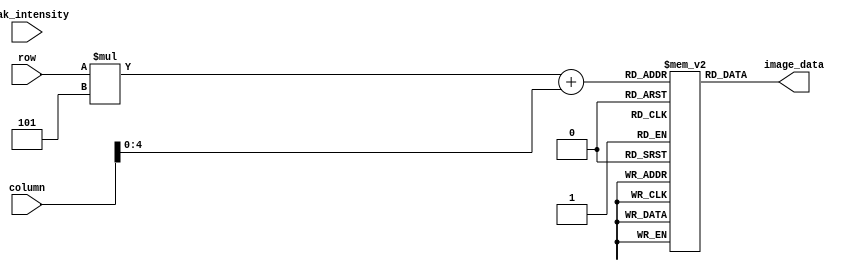
module volume_bars(
    input [7:0] row,
    input [7:0] column,
    input [11:0] peak_intensity,
    output [15:0] image_data
    );
    
    reg [15:0] bars [5:0][4:0]; // 63x32 pixels total, each bar is 5p tall with 2p buffer
    
    reg [23:0] black = 6'h000000;
    reg [23:0] red = 6'hFF0000;
    reg [23:0] orange = 6'hFFBF00;
    reg [23:0] green = 6'h00FF00;
    
    initial begin
        
//        bars[0][0] = black; bars[0][1] = black; bars[0][2] = black; bars[0][3] = black; bars[0][4] = black; bars[0][5] = black; bars[0][6] = black; bars[0][7] = black; bars[0][8] = black; bars[0][9] = black; bars[0][10] = black; bars[0][11] = black; bars[0][12] = black; bars[0][13] = black; bars[0][14] = black; bars[0][15] = black; bars[0][16] = black; bars[0][17] = black; bars[0][18] = black; bars[0][19] = black; bars[0][20] = black; bars[0][21] = black; bars[0][22] = black; bars[0][23] = black; bars[0][24] = black; bars[0][25] = black; bars[0][26] = black; bars[0][27] = black; bars[0][28] = black; bars[0][29] = black; bars[0][30] = black; bars[0][31] = black; 

        bars[0][0] = green; bars[0][1] = green; bars[0][2] = green; bars[0][3] = green; bars[0][4] = green; bars[0][5] = green; bars[0][6] = green; bars[0][7] = green; bars[0][8] = green; bars[0][9] = green; bars[0][10] = green; bars[0][11] = green; bars[0][12] = green; bars[0][13] = green; bars[0][14] = green; bars[0][15] = green; bars[0][16] = green; bars[0][17] = green; bars[0][18] = green; bars[0][19] = green; bars[0][20] = green; bars[0][21] = green; bars[0][22] = green; bars[0][23] = green; bars[0][24] = green; bars[0][25] = green; bars[0][26] = green; bars[0][27] = green; bars[0][28] = green; bars[0][29] = green; bars[0][30] = green; bars[0][31] = green;
        bars[1][0] = green; bars[1][1] = green; bars[1][2] = green; bars[1][3] = green; bars[1][4] = green; bars[1][5] = green; bars[1][6] = green; bars[1][7] = green; bars[1][8] = green; bars[1][9] = green; bars[1][10] = green; bars[1][11] = green; bars[1][12] = green; bars[1][13] = green; bars[1][14] = green; bars[1][15] = green; bars[1][16] = green; bars[1][17] = green; bars[1][18] = green; bars[1][19] = green; bars[1][20] = green; bars[1][21] = green; bars[1][22] = green; bars[1][23] = green; bars[1][24] = green; bars[1][25] = green; bars[1][26] = green; bars[1][27] = green; bars[1][28] = green; bars[1][29] = green; bars[1][30] = green; bars[1][31] = green; 
        bars[2][0] = green; bars[2][1] = green; bars[2][2] = green; bars[2][3] = green; bars[2][4] = green; bars[2][5] = green; bars[2][6] = green; bars[2][7] = green; bars[2][8] = green; bars[2][9] = green; bars[2][10] = green; bars[2][11] = green; bars[2][12] = green; bars[2][13] = green; bars[2][14] = green; bars[2][15] = green; bars[2][16] = green; bars[2][17] = green; bars[2][18] = green; bars[2][19] = green; bars[2][20] = green; bars[2][21] = green; bars[2][22] = green; bars[2][23] = green; bars[2][24] = green; bars[2][25] = green; bars[2][26] = green; bars[2][27] = green; bars[2][28] = green; bars[2][29] = green; bars[2][30] = green; bars[2][31] = green;
        bars[3][0] = green; bars[3][1] = green; bars[3][2] = green; bars[3][3] = green; bars[3][4] = green; bars[3][5] = green; bars[3][6] = green; bars[3][7] = green; bars[3][8] = green; bars[3][9] = green; bars[3][10] = green; bars[3][11] = green; bars[3][12] = green; bars[3][13] = green; bars[3][14] = green; bars[3][15] = green; bars[3][16] = green; bars[3][17] = green; bars[3][18] = green; bars[3][19] = green; bars[3][20] = green; bars[3][21] = green; bars[3][22] = green; bars[3][23] = green; bars[3][24] = green; bars[3][25] = green; bars[3][26] = green; bars[3][27] = green; bars[3][28] = green; bars[3][29] = green; bars[3][30] = green; bars[3][31] = green; 
        bars[4][0] = green; bars[4][1] = green; bars[4][2] = green; bars[4][3] = green; bars[4][4] = green; bars[4][5] = green; bars[4][6] = green; bars[4][7] = green; bars[4][8] = green; bars[4][9] = green; bars[4][10] = green; bars[4][11] = green; bars[4][12] = green; bars[4][13] = green; bars[4][14] = green; bars[4][15] = green; bars[4][16] = green; bars[4][17] = green; bars[4][18] = green; bars[4][19] = green; bars[4][20] = green; bars[4][21] = green; bars[4][22] = green; bars[4][23] = green; bars[4][24] = green; bars[4][25] = green; bars[4][26] = green; bars[4][27] = green; bars[4][28] = green; bars[4][29] = green; bars[4][30] = green; bars[4][31] = green;                  
        bars[5][0] = black; bars[5][1] = black; bars[5][2] = black; bars[5][3] = black; bars[5][4] = black; bars[5][5] = black; bars[5][6] = black; bars[5][7] = black; bars[5][8] = black; bars[5][9] = black; bars[5][10] = black; bars[5][11] = black; bars[5][12] = black; bars[5][13] = black; bars[5][14] = black; bars[5][15] = black; bars[5][16] = black; bars[5][17] = black; bars[5][18] = black; bars[5][19] = black; bars[5][20] = black; bars[5][21] = black; bars[5][22] = black; bars[5][23] = black; bars[5][24] = black; bars[5][25] = black; bars[5][26] = black; bars[5][27] = black; bars[5][28] = black; bars[5][29] = black; bars[5][30] = black; bars[5][31] = black; 
        bars[6][0] = black; bars[6][1] = black; bars[6][2] = black; bars[6][3] = black; bars[6][4] = black; bars[6][5] = black; bars[6][6] = black; bars[6][7] = black; bars[6][8] = black; bars[6][9] = black; bars[6][10] = black; bars[6][11] = black; bars[6][12] = black; bars[6][13] = black; bars[6][14] = black; bars[6][15] = black; bars[6][16] = black; bars[6][17] = black; bars[6][18] = black; bars[6][19] = black; bars[6][20] = black; bars[6][21] = black; bars[6][22] = black; bars[6][23] = black; bars[6][24] = black; bars[6][25] = black; bars[6][26] = black; bars[6][27] = black; bars[6][28] = black; bars[6][29] = black; bars[6][30] = black; bars[6][31] = black; 
 
        bars[7][0] = green; bars[7][1] = green; bars[7][2] = green; bars[7][3] = green; bars[7][4] = green; bars[7][5] = green; bars[7][6] = green; bars[7][7] = green; bars[7][8] = green; bars[7][9] = green; bars[7][10] = green; bars[7][11] = green; bars[7][12] = green; bars[7][13] = green; bars[7][14] = green; bars[7][15] = green; bars[7][16] = green; bars[7][17] = green; bars[7][18] = green; bars[7][19] = green; bars[7][20] = green; bars[7][21] = green; bars[7][22] = green; bars[7][23] = green; bars[7][24] = green; bars[7][25] = green; bars[7][26] = green; bars[7][27] = green; bars[7][28] = green; bars[7][29] = green; bars[7][30] = green; bars[7][31] = green;
        bars[8][0] = green; bars[8][1] = green; bars[8][2] = green; bars[8][3] = green; bars[8][4] = green; bars[8][5] = green; bars[8][6] = green; bars[8][7] = green; bars[8][8] = green; bars[8][9] = green; bars[8][10] = green; bars[8][11] = green; bars[8][12] = green; bars[8][13] = green; bars[8][14] = green; bars[8][15] = green; bars[8][16] = green; bars[8][17] = green; bars[8][18] = green; bars[8][19] = green; bars[8][20] = green; bars[8][21] = green; bars[8][22] = green; bars[8][23] = green; bars[8][24] = green; bars[8][25] = green; bars[8][26] = green; bars[8][27] = green; bars[8][28] = green; bars[8][29] = green; bars[8][30] = green; bars[8][31] = green; 
        bars[9][0] = green; bars[9][1] = green; bars[9][2] = green; bars[9][3] = green; bars[9][4] = green; bars[9][5] = green; bars[9][6] = green; bars[9][7] = green; bars[9][8] = green; bars[9][9] = green; bars[9][10] = green; bars[9][11] = green; bars[9][12] = green; bars[9][13] = green; bars[9][14] = green; bars[9][15] = green; bars[9][16] = green; bars[9][17] = green; bars[9][18] = green; bars[9][19] = green; bars[9][20] = green; bars[9][21] = green; bars[9][22] = green; bars[9][23] = green; bars[9][24] = green; bars[9][25] = green; bars[9][26] = green; bars[9][27] = green; bars[9][28] = green; bars[9][29] = green; bars[9][30] = green; bars[9][31] = green;
        bars[10][0] = green; bars[10][1] = green; bars[10][2] = green; bars[10][3] = green; bars[10][4] = green; bars[10][5] = green; bars[10][6] = green; bars[10][7] = green; bars[10][8] = green; bars[10][9] = green; bars[10][10] = green; bars[10][11] = green; bars[10][12] = green; bars[10][13] = green; bars[10][14] = green; bars[10][15] = green; bars[10][16] = green; bars[10][17] = green; bars[10][18] = green; bars[10][19] = green; bars[10][20] = green; bars[10][21] = green; bars[10][22] = green; bars[10][23] = green; bars[10][24] = green; bars[10][25] = green; bars[10][26] = green; bars[10][27] = green; bars[10][28] = green; bars[10][29] = green; bars[10][30] = green; bars[10][31] = green; 
        bars[11][0] = green; bars[11][1] = green; bars[11][2] = green; bars[11][3] = green; bars[11][4] = green; bars[11][5] = green; bars[11][6] = green; bars[11][7] = green; bars[11][8] = green; bars[11][9] = green; bars[11][10] = green; bars[11][11] = green; bars[11][12] = green; bars[11][13] = green; bars[11][14] = green; bars[11][15] = green; bars[11][16] = green; bars[11][17] = green; bars[11][18] = green; bars[11][19] = green; bars[11][20] = green; bars[11][21] = green; bars[11][22] = green; bars[11][23] = green; bars[11][24] = green; bars[11][25] = green; bars[11][26] = green; bars[11][27] = green; bars[11][28] = green; bars[11][29] = green; bars[11][30] = green; bars[11][31] = green;                  
        bars[12][0] = black; bars[12][1] = black; bars[12][2] = black; bars[12][3] = black; bars[12][4] = black; bars[12][5] = black; bars[12][6] = black; bars[12][7] = black; bars[12][8] = black; bars[12][9] = black; bars[12][10] = black; bars[12][11] = black; bars[12][12] = black; bars[12][13] = black; bars[12][14] = black; bars[12][15] = black; bars[12][16] = black; bars[12][17] = black; bars[12][18] = black; bars[12][19] = black; bars[12][20] = black; bars[12][21] = black; bars[12][22] = black; bars[12][23] = black; bars[12][24] = black; bars[12][25] = black; bars[12][26] = black; bars[12][27] = black; bars[12][28] = black; bars[12][29] = black; bars[12][30] = black; bars[12][31] = black; 
        bars[13][0] = black; bars[13][1] = black; bars[13][2] = black; bars[13][3] = black; bars[13][4] = black; bars[13][5] = black; bars[13][6] = black; bars[13][7] = black; bars[13][8] = black; bars[13][9] = black; bars[13][10] = black; bars[13][11] = black; bars[13][12] = black; bars[13][13] = black; bars[13][14] = black; bars[13][15] = black; bars[13][16] = black; bars[13][17] = black; bars[13][18] = black; bars[13][19] = black; bars[13][20] = black; bars[13][21] = black; bars[13][22] = black; bars[13][23] = black; bars[13][24] = black; bars[13][25] = black; bars[13][26] = black; bars[13][27] = black; bars[13][28] = black; bars[13][29] = black; bars[13][30] = black; bars[13][31] = black; 
       
        bars[14][0] = green; bars[14][1] = green; bars[14][2] = green; bars[14][3] = green; bars[14][4] = green; bars[14][5] = green; bars[14][6] = green; bars[14][7] = green; bars[14][8] = green; bars[14][9] = green; bars[14][10] = green; bars[14][11] = green; bars[14][12] = green; bars[14][13] = green; bars[14][14] = green; bars[14][15] = green; bars[14][16] = green; bars[14][17] = green; bars[14][18] = green; bars[14][19] = green; bars[14][20] = green; bars[14][21] = green; bars[14][22] = green; bars[14][23] = green; bars[14][24] = green; bars[14][25] = green; bars[14][26] = green; bars[14][27] = green; bars[14][28] = green; bars[14][29] = green; bars[14][30] = green; bars[14][31] = green;
        bars[15][0] = green; bars[15][1] = green; bars[15][2] = green; bars[15][3] = green; bars[15][4] = green; bars[15][5] = green; bars[15][6] = green; bars[15][7] = green; bars[15][8] = green; bars[15][9] = green; bars[15][10] = green; bars[15][11] = green; bars[15][12] = green; bars[15][13] = green; bars[15][14] = green; bars[15][15] = green; bars[15][16] = green; bars[15][17] = green; bars[15][18] = green; bars[15][19] = green; bars[15][20] = green; bars[15][21] = green; bars[15][22] = green; bars[15][23] = green; bars[15][24] = green; bars[15][25] = green; bars[15][26] = green; bars[15][27] = green; bars[15][28] = green; bars[15][29] = green; bars[15][30] = green; bars[15][31] = green; 
        bars[16][0] = green; bars[16][1] = green; bars[16][2] = green; bars[16][3] = green; bars[16][4] = green; bars[16][5] = green; bars[16][6] = green; bars[16][7] = green; bars[16][8] = green; bars[16][9] = green; bars[16][10] = green; bars[16][11] = green; bars[16][12] = green; bars[16][13] = green; bars[16][14] = green; bars[16][15] = green; bars[16][16] = green; bars[16][17] = green; bars[16][18] = green; bars[16][19] = green; bars[16][20] = green; bars[16][21] = green; bars[16][22] = green; bars[16][23] = green; bars[16][24] = green; bars[16][25] = green; bars[16][26] = green; bars[16][27] = green; bars[16][28] = green; bars[16][29] = green; bars[16][30] = green; bars[16][31] = green;
        bars[17][0] = green; bars[17][1] = green; bars[17][2] = green; bars[17][3] = green; bars[17][4] = green; bars[17][5] = green; bars[17][6] = green; bars[17][7] = green; bars[17][8] = green; bars[17][9] = green; bars[17][10] = green; bars[17][11] = green; bars[17][12] = green; bars[17][13] = green; bars[17][14] = green; bars[17][15] = green; bars[17][16] = green; bars[17][17] = green; bars[17][18] = green; bars[17][19] = green; bars[17][20] = green; bars[17][21] = green; bars[17][22] = green; bars[17][23] = green; bars[17][24] = green; bars[17][25] = green; bars[17][26] = green; bars[17][27] = green; bars[17][28] = green; bars[17][29] = green; bars[17][30] = green; bars[17][31] = green; 
        bars[18][0] = green; bars[18][1] = green; bars[18][2] = green; bars[18][3] = green; bars[18][4] = green; bars[18][5] = green; bars[18][6] = green; bars[18][7] = green; bars[18][8] = green; bars[18][9] = green; bars[18][10] = green; bars[18][11] = green; bars[18][12] = green; bars[18][13] = green; bars[18][14] = green; bars[18][15] = green; bars[18][16] = green; bars[18][17] = green; bars[18][18] = green; bars[18][19] = green; bars[18][20] = green; bars[18][21] = green; bars[18][22] = green; bars[18][23] = green; bars[18][24] = green; bars[18][25] = green; bars[18][26] = green; bars[18][27] = green; bars[18][28] = green; bars[18][29] = green; bars[18][30] = green; bars[18][31] = green;                  
        bars[19][0] = black; bars[19][1] = black; bars[19][2] = black; bars[19][3] = black; bars[19][4] = black; bars[19][5] = black; bars[19][6] = black; bars[19][7] = black; bars[19][8] = black; bars[19][9] = black; bars[19][10] = black; bars[19][11] = black; bars[19][12] = black; bars[19][13] = black; bars[19][14] = black; bars[19][15] = black; bars[19][16] = black; bars[19][17] = black; bars[19][18] = black; bars[19][19] = black; bars[19][20] = black; bars[19][21] = black; bars[19][22] = black; bars[19][23] = black; bars[19][24] = black; bars[19][25] = black; bars[19][26] = black; bars[19][27] = black; bars[19][28] = black; bars[19][29] = black; bars[19][30] = black; bars[19][31] = black; 
        bars[20][0] = black; bars[20][1] = black; bars[20][2] = black; bars[20][3] = black; bars[20][4] = black; bars[20][5] = black; bars[20][6] = black; bars[20][7] = black; bars[20][8] = black; bars[20][9] = black; bars[20][10] = black; bars[20][11] = black; bars[20][12] = black; bars[20][13] = black; bars[20][14] = black; bars[20][15] = black; bars[20][16] = black; bars[20][17] = black; bars[20][18] = black; bars[20][19] = black; bars[20][20] = black; bars[20][21] = black; bars[20][22] = black; bars[20][23] = black; bars[20][24] = black; bars[20][25] = black; bars[20][26] = black; bars[20][27] = black; bars[20][28] = black; bars[20][29] = black; bars[20][30] = black; bars[20][31] = black; 
        
        bars[21][0] = orange; bars[21][1] = orange; bars[21][2] = orange; bars[21][3] = orange; bars[21][4] = orange; bars[21][5] = orange; bars[21][6] = orange; bars[21][7] = orange; bars[21][8] = orange; bars[21][9] = orange; bars[21][10] = orange; bars[21][11] = orange; bars[21][12] = orange; bars[21][13] = orange; bars[21][14] = orange; bars[21][15] = orange; bars[21][16] = orange; bars[21][17] = orange; bars[21][18] = orange; bars[21][19] = orange; bars[21][20] = orange; bars[21][21] = orange; bars[21][22] = orange; bars[21][23] = orange; bars[21][24] = orange; bars[21][25] = orange; bars[21][26] = orange; bars[21][27] = orange; bars[21][28] = orange; bars[21][29] = orange; bars[21][30] = orange; bars[21][31] = orange;
        bars[22][0] = orange; bars[22][1] = orange; bars[22][2] = orange; bars[22][3] = orange; bars[22][4] = orange; bars[22][5] = orange; bars[22][6] = orange; bars[22][7] = orange; bars[22][8] = orange; bars[22][9] = orange; bars[22][10] = orange; bars[22][11] = orange; bars[22][12] = orange; bars[22][13] = orange; bars[22][14] = orange; bars[22][15] = orange; bars[22][16] = orange; bars[22][17] = orange; bars[22][18] = orange; bars[22][19] = orange; bars[22][20] = orange; bars[22][21] = orange; bars[22][22] = orange; bars[22][23] = orange; bars[22][24] = orange; bars[22][25] = orange; bars[22][26] = orange; bars[22][27] = orange; bars[22][28] = orange; bars[22][29] = orange; bars[22][30] = orange; bars[22][31] = orange; 
        bars[23][0] = orange; bars[23][1] = orange; bars[23][2] = orange; bars[23][3] = orange; bars[23][4] = orange; bars[23][5] = orange; bars[23][6] = orange; bars[23][7] = orange; bars[23][8] = orange; bars[23][9] = orange; bars[23][10] = orange; bars[23][11] = orange; bars[23][12] = orange; bars[23][13] = orange; bars[23][14] = orange; bars[23][15] = orange; bars[23][16] = orange; bars[23][17] = orange; bars[23][18] = orange; bars[23][19] = orange; bars[23][20] = orange; bars[23][21] = orange; bars[23][22] = orange; bars[23][23] = orange; bars[23][24] = orange; bars[23][25] = orange; bars[23][26] = orange; bars[23][27] = orange; bars[23][28] = orange; bars[23][29] = orange; bars[23][30] = orange; bars[23][31] = orange;
        bars[24][0] = orange; bars[24][1] = orange; bars[24][2] = orange; bars[24][3] = orange; bars[24][4] = orange; bars[24][5] = orange; bars[24][6] = orange; bars[24][7] = orange; bars[24][8] = orange; bars[24][9] = orange; bars[24][10] = orange; bars[24][11] = orange; bars[24][12] = orange; bars[24][13] = orange; bars[24][14] = orange; bars[24][15] = orange; bars[24][16] = orange; bars[24][17] = orange; bars[24][18] = orange; bars[24][19] = orange; bars[24][20] = orange; bars[24][21] = orange; bars[24][22] = orange; bars[24][23] = orange; bars[24][24] = orange; bars[24][25] = orange; bars[24][26] = orange; bars[24][27] = orange; bars[24][28] = orange; bars[24][29] = orange; bars[24][30] = orange; bars[24][31] = orange; 
        bars[25][0] = orange; bars[25][1] = orange; bars[25][2] = orange; bars[25][3] = orange; bars[25][4] = orange; bars[25][5] = orange; bars[25][6] = orange; bars[25][7] = orange; bars[25][8] = orange; bars[25][9] = orange; bars[25][10] = orange; bars[25][11] = orange; bars[25][12] = orange; bars[25][13] = orange; bars[25][14] = orange; bars[25][15] = orange; bars[25][16] = orange; bars[25][17] = orange; bars[25][18] = orange; bars[25][19] = orange; bars[25][20] = orange; bars[25][21] = orange; bars[25][22] = orange; bars[25][23] = orange; bars[25][24] = orange; bars[25][25] = orange; bars[25][26] = orange; bars[25][27] = orange; bars[25][28] = orange; bars[25][29] = orange; bars[25][30] = orange; bars[25][31] = orange;                  
        bars[26][0] = black; bars[26][1] = black; bars[26][2] = black; bars[26][3] = black; bars[26][4] = black; bars[26][5] = black; bars[26][6] = black; bars[26][7] = black; bars[26][8] = black; bars[26][9] = black; bars[26][10] = black; bars[26][11] = black; bars[26][12] = black; bars[26][13] = black; bars[26][14] = black; bars[26][15] = black; bars[26][16] = black; bars[26][17] = black; bars[26][18] = black; bars[26][19] = black; bars[26][20] = black; bars[26][21] = black; bars[26][22] = black; bars[26][23] = black; bars[26][24] = black; bars[26][25] = black; bars[26][26] = black; bars[26][27] = black; bars[26][28] = black; bars[26][29] = black; bars[26][30] = black; bars[26][31] = black; 
        bars[27][0] = black; bars[27][1] = black; bars[27][2] = black; bars[27][3] = black; bars[27][4] = black; bars[27][5] = black; bars[27][6] = black; bars[27][7] = black; bars[27][8] = black; bars[27][9] = black; bars[27][10] = black; bars[27][11] = black; bars[27][12] = black; bars[27][13] = black; bars[27][14] = black; bars[27][15] = black; bars[27][16] = black; bars[27][17] = black; bars[27][18] = black; bars[27][19] = black; bars[27][20] = black; bars[27][21] = black; bars[27][22] = black; bars[27][23] = black; bars[27][24] = black; bars[27][25] = black; bars[27][26] = black; bars[27][27] = black; bars[27][28] = black; bars[27][29] = black; bars[27][30] = black; bars[27][31] = black; 
                           
        bars[28][0] = orange; bars[28][1] = orange; bars[28][2] = orange; bars[28][3] = orange; bars[28][4] = orange; bars[28][5] = orange; bars[28][6] = orange; bars[28][7] = orange; bars[28][8] = orange; bars[28][9] = orange; bars[28][10] = orange; bars[28][11] = orange; bars[28][12] = orange; bars[28][13] = orange; bars[28][14] = orange; bars[28][15] = orange; bars[28][16] = orange; bars[28][17] = orange; bars[28][18] = orange; bars[28][19] = orange; bars[28][20] = orange; bars[28][21] = orange; bars[28][22] = orange; bars[28][23] = orange; bars[28][24] = orange; bars[28][25] = orange; bars[28][26] = orange; bars[28][27] = orange; bars[28][28] = orange; bars[28][29] = orange; bars[28][30] = orange; bars[28][31] = orange;
        bars[29][0] = orange; bars[29][1] = orange; bars[29][2] = orange; bars[29][3] = orange; bars[29][4] = orange; bars[29][5] = orange; bars[29][6] = orange; bars[29][7] = orange; bars[29][8] = orange; bars[29][9] = orange; bars[29][10] = orange; bars[29][11] = orange; bars[29][12] = orange; bars[29][13] = orange; bars[29][14] = orange; bars[29][15] = orange; bars[29][16] = orange; bars[29][17] = orange; bars[29][18] = orange; bars[29][19] = orange; bars[29][20] = orange; bars[29][21] = orange; bars[29][22] = orange; bars[29][23] = orange; bars[29][24] = orange; bars[29][25] = orange; bars[29][26] = orange; bars[29][27] = orange; bars[29][28] = orange; bars[29][29] = orange; bars[29][30] = orange; bars[29][31] = orange; 
        bars[30][0] = orange; bars[30][1] = orange; bars[30][2] = orange; bars[30][3] = orange; bars[30][4] = orange; bars[30][5] = orange; bars[30][6] = orange; bars[30][7] = orange; bars[30][8] = orange; bars[30][9] = orange; bars[30][10] = orange; bars[30][11] = orange; bars[30][12] = orange; bars[30][13] = orange; bars[30][14] = orange; bars[30][15] = orange; bars[30][16] = orange; bars[30][17] = orange; bars[30][18] = orange; bars[30][19] = orange; bars[30][20] = orange; bars[30][21] = orange; bars[30][22] = orange; bars[30][23] = orange; bars[30][24] = orange; bars[30][25] = orange; bars[30][26] = orange; bars[30][27] = orange; bars[30][28] = orange; bars[30][29] = orange; bars[30][30] = orange; bars[30][31] = orange;
        bars[31][0] = orange; bars[31][1] = orange; bars[31][2] = orange; bars[31][3] = orange; bars[31][4] = orange; bars[31][5] = orange; bars[31][6] = orange; bars[31][7] = orange; bars[31][8] = orange; bars[31][9] = orange; bars[31][10] = orange; bars[31][11] = orange; bars[31][12] = orange; bars[31][13] = orange; bars[31][14] = orange; bars[31][15] = orange; bars[31][16] = orange; bars[31][17] = orange; bars[31][18] = orange; bars[31][19] = orange; bars[31][20] = orange; bars[31][21] = orange; bars[31][22] = orange; bars[31][23] = orange; bars[31][24] = orange; bars[31][25] = orange; bars[31][26] = orange; bars[31][27] = orange; bars[31][28] = orange; bars[31][29] = orange; bars[31][30] = orange; bars[31][31] = orange; 
        bars[32][0] = orange; bars[32][1] = orange; bars[32][2] = orange; bars[32][3] = orange; bars[32][4] = orange; bars[32][5] = orange; bars[32][6] = orange; bars[32][7] = orange; bars[32][8] = orange; bars[32][9] = orange; bars[32][10] = orange; bars[32][11] = orange; bars[32][12] = orange; bars[32][13] = orange; bars[32][14] = orange; bars[32][15] = orange; bars[32][16] = orange; bars[32][17] = orange; bars[32][18] = orange; bars[32][19] = orange; bars[32][20] = orange; bars[32][21] = orange; bars[32][22] = orange; bars[32][23] = orange; bars[32][24] = orange; bars[32][25] = orange; bars[32][26] = orange; bars[32][27] = orange; bars[32][28] = orange; bars[32][29] = orange; bars[32][30] = orange; bars[32][31] = orange;                  
        bars[33][0] = black; bars[33][1] = black; bars[33][2] = black; bars[33][3] = black; bars[33][4] = black; bars[33][5] = black; bars[33][6] = black; bars[33][7] = black; bars[33][8] = black; bars[33][9] = black; bars[33][10] = black; bars[33][11] = black; bars[33][12] = black; bars[33][13] = black; bars[33][14] = black; bars[33][15] = black; bars[33][16] = black; bars[33][17] = black; bars[33][18] = black; bars[33][19] = black; bars[33][20] = black; bars[33][21] = black; bars[33][22] = black; bars[33][23] = black; bars[33][24] = black; bars[33][25] = black; bars[33][26] = black; bars[33][27] = black; bars[33][28] = black; bars[33][29] = black; bars[33][30] = black; bars[33][31] = black; 
        bars[34][0] = black; bars[34][1] = black; bars[34][2] = black; bars[34][3] = black; bars[34][4] = black; bars[34][5] = black; bars[34][6] = black; bars[34][7] = black; bars[34][8] = black; bars[34][9] = black; bars[34][10] = black; bars[34][11] = black; bars[34][12] = black; bars[34][13] = black; bars[34][14] = black; bars[34][15] = black; bars[34][16] = black; bars[34][17] = black; bars[34][18] = black; bars[34][19] = black; bars[34][20] = black; bars[34][21] = black; bars[34][22] = black; bars[34][23] = black; bars[34][24] = black; bars[34][25] = black; bars[34][26] = black; bars[34][27] = black; bars[34][28] = black; bars[34][29] = black; bars[34][30] = black; bars[34][31] = black; 
     
        bars[35][0] = orange; bars[35][1] = orange; bars[35][2] = orange; bars[35][3] = orange; bars[35][4] = orange; bars[35][5] = orange; bars[35][6] = orange; bars[35][7] = orange; bars[35][8] = orange; bars[35][9] = orange; bars[35][10] = orange; bars[35][11] = orange; bars[35][12] = orange; bars[35][13] = orange; bars[35][14] = orange; bars[35][15] = orange; bars[35][16] = orange; bars[35][17] = orange; bars[35][18] = orange; bars[35][19] = orange; bars[35][20] = orange; bars[35][21] = orange; bars[35][22] = orange; bars[35][23] = orange; bars[35][24] = orange; bars[35][25] = orange; bars[35][26] = orange; bars[35][27] = orange; bars[35][28] = orange; bars[35][29] = orange; bars[35][30] = orange; bars[35][31] = orange;
        bars[36][0] = orange; bars[36][1] = orange; bars[36][2] = orange; bars[36][3] = orange; bars[36][4] = orange; bars[36][5] = orange; bars[36][6] = orange; bars[36][7] = orange; bars[36][8] = orange; bars[36][9] = orange; bars[36][10] = orange; bars[36][11] = orange; bars[36][12] = orange; bars[36][13] = orange; bars[36][14] = orange; bars[36][15] = orange; bars[36][16] = orange; bars[36][17] = orange; bars[36][18] = orange; bars[36][19] = orange; bars[36][20] = orange; bars[36][21] = orange; bars[36][22] = orange; bars[36][23] = orange; bars[36][24] = orange; bars[36][25] = orange; bars[36][26] = orange; bars[36][27] = orange; bars[36][28] = orange; bars[36][29] = orange; bars[36][30] = orange; bars[36][31] = orange; 
        bars[37][0] = orange; bars[37][1] = orange; bars[37][2] = orange; bars[37][3] = orange; bars[37][4] = orange; bars[37][5] = orange; bars[37][6] = orange; bars[37][7] = orange; bars[37][8] = orange; bars[37][9] = orange; bars[37][10] = orange; bars[37][11] = orange; bars[37][12] = orange; bars[37][13] = orange; bars[37][14] = orange; bars[37][15] = orange; bars[37][16] = orange; bars[37][17] = orange; bars[37][18] = orange; bars[37][19] = orange; bars[37][20] = orange; bars[37][21] = orange; bars[37][22] = orange; bars[37][23] = orange; bars[37][24] = orange; bars[37][25] = orange; bars[37][26] = orange; bars[37][27] = orange; bars[37][28] = orange; bars[37][29] = orange; bars[37][30] = orange; bars[37][31] = orange;
        bars[38][0] = orange; bars[38][1] = orange; bars[38][2] = orange; bars[38][3] = orange; bars[38][4] = orange; bars[38][5] = orange; bars[38][6] = orange; bars[38][7] = orange; bars[38][8] = orange; bars[38][9] = orange; bars[38][10] = orange; bars[38][11] = orange; bars[38][12] = orange; bars[38][13] = orange; bars[38][14] = orange; bars[38][15] = orange; bars[38][16] = orange; bars[38][17] = orange; bars[38][18] = orange; bars[38][19] = orange; bars[38][20] = orange; bars[38][21] = orange; bars[38][22] = orange; bars[38][23] = orange; bars[38][24] = orange; bars[38][25] = orange; bars[38][26] = orange; bars[38][27] = orange; bars[38][28] = orange; bars[38][29] = orange; bars[38][30] = orange; bars[38][31] = orange; 
        bars[39][0] = orange; bars[39][1] = orange; bars[39][2] = orange; bars[39][3] = orange; bars[39][4] = orange; bars[39][5] = orange; bars[39][6] = orange; bars[39][7] = orange; bars[39][8] = orange; bars[39][9] = orange; bars[39][10] = orange; bars[39][11] = orange; bars[39][12] = orange; bars[39][13] = orange; bars[39][14] = orange; bars[39][15] = orange; bars[39][16] = orange; bars[39][17] = orange; bars[39][18] = orange; bars[39][19] = orange; bars[39][20] = orange; bars[39][21] = orange; bars[39][22] = orange; bars[39][23] = orange; bars[39][24] = orange; bars[39][25] = orange; bars[39][26] = orange; bars[39][27] = orange; bars[39][28] = orange; bars[39][29] = orange; bars[39][30] = orange; bars[39][31] = orange;                  
        bars[40][0] = black; bars[40][1] = black; bars[40][2] = black; bars[40][3] = black; bars[40][4] = black; bars[40][5] = black; bars[40][6] = black; bars[40][7] = black; bars[40][8] = black; bars[40][9] = black; bars[40][10] = black; bars[40][11] = black; bars[40][12] = black; bars[40][13] = black; bars[40][14] = black; bars[40][15] = black; bars[40][16] = black; bars[40][17] = black; bars[40][18] = black; bars[40][19] = black; bars[40][20] = black; bars[40][21] = black; bars[40][22] = black; bars[40][23] = black; bars[40][24] = black; bars[40][25] = black; bars[40][26] = black; bars[40][27] = black; bars[40][28] = black; bars[40][29] = black; bars[40][30] = black; bars[40][31] = black; 
        bars[41][0] = black; bars[41][1] = black; bars[41][2] = black; bars[41][3] = black; bars[41][4] = black; bars[41][5] = black; bars[41][6] = black; bars[41][7] = black; bars[41][8] = black; bars[41][9] = black; bars[41][10] = black; bars[41][11] = black; bars[41][12] = black; bars[41][13] = black; bars[41][14] = black; bars[41][15] = black; bars[41][16] = black; bars[41][17] = black; bars[41][18] = black; bars[41][19] = black; bars[41][20] = black; bars[41][21] = black; bars[41][22] = black; bars[41][23] = black; bars[41][24] = black; bars[41][25] = black; bars[41][26] = black; bars[41][27] = black; bars[41][28] = black; bars[41][29] = black; bars[41][30] = black; bars[41][31] = black; 
     
        bars[42][0] = red; bars[42][1] = red; bars[42][2] = red; bars[42][3] = red; bars[42][4] = red; bars[42][5] = red; bars[42][6] = red; bars[42][7] = red; bars[42][8] = red; bars[42][9] = red; bars[42][10] = red; bars[42][11] = red; bars[42][12] = red; bars[42][13] = red; bars[42][14] = red; bars[42][15] = red; bars[42][16] = red; bars[42][17] = red; bars[42][18] = red; bars[42][19] = red; bars[42][20] = red; bars[42][21] = red; bars[42][22] = red; bars[42][23] = red; bars[42][24] = red; bars[42][25] = red; bars[42][26] = red; bars[42][27] = red; bars[42][28] = red; bars[42][29] = red; bars[42][30] = red; bars[42][31] = red;
        bars[43][0] = red; bars[43][1] = red; bars[43][2] = red; bars[43][3] = red; bars[43][4] = red; bars[43][5] = red; bars[43][6] = red; bars[43][7] = red; bars[43][8] = red; bars[43][9] = red; bars[43][10] = red; bars[43][11] = red; bars[43][12] = red; bars[43][13] = red; bars[43][14] = red; bars[43][15] = red; bars[43][16] = red; bars[43][17] = red; bars[43][18] = red; bars[43][19] = red; bars[43][20] = red; bars[43][21] = red; bars[43][22] = red; bars[43][23] = red; bars[43][24] = red; bars[43][25] = red; bars[43][26] = red; bars[43][27] = red; bars[43][28] = red; bars[43][29] = red; bars[43][30] = red; bars[43][31] = red; 
        bars[44][0] = red; bars[44][1] = red; bars[44][2] = red; bars[44][3] = red; bars[44][4] = red; bars[44][5] = red; bars[44][6] = red; bars[44][7] = red; bars[44][8] = red; bars[44][9] = red; bars[44][10] = red; bars[44][11] = red; bars[44][12] = red; bars[44][13] = red; bars[44][14] = red; bars[44][15] = red; bars[44][16] = red; bars[44][17] = red; bars[44][18] = red; bars[44][19] = red; bars[44][20] = red; bars[44][21] = red; bars[44][22] = red; bars[44][23] = red; bars[44][24] = red; bars[44][25] = red; bars[44][26] = red; bars[44][27] = red; bars[44][28] = red; bars[44][29] = red; bars[44][30] = red; bars[44][31] = red;
        bars[45][0] = red; bars[45][1] = red; bars[45][2] = red; bars[45][3] = red; bars[45][4] = red; bars[45][5] = red; bars[45][6] = red; bars[45][7] = red; bars[45][8] = red; bars[45][9] = red; bars[45][10] = red; bars[45][11] = red; bars[45][12] = red; bars[45][13] = red; bars[45][14] = red; bars[45][15] = red; bars[45][16] = red; bars[45][17] = red; bars[45][18] = red; bars[45][19] = red; bars[45][20] = red; bars[45][21] = red; bars[45][22] = red; bars[45][23] = red; bars[45][24] = red; bars[45][25] = red; bars[45][26] = red; bars[45][27] = red; bars[45][28] = red; bars[45][29] = red; bars[45][30] = red; bars[45][31] = red; 
        bars[46][0] = red; bars[46][1] = red; bars[46][2] = red; bars[46][3] = red; bars[46][4] = red; bars[46][5] = red; bars[46][6] = red; bars[46][7] = red; bars[46][8] = red; bars[46][9] = red; bars[46][10] = red; bars[46][11] = red; bars[46][12] = red; bars[46][13] = red; bars[46][14] = red; bars[46][15] = red; bars[46][16] = red; bars[46][17] = red; bars[46][18] = red; bars[46][19] = red; bars[46][20] = red; bars[46][21] = red; bars[46][22] = red; bars[46][23] = red; bars[46][24] = red; bars[46][25] = red; bars[46][26] = red; bars[46][27] = red; bars[46][28] = red; bars[46][29] = red; bars[46][30] = red; bars[46][31] = red;                  
        bars[47][0] = black; bars[47][1] = black; bars[47][2] = black; bars[47][3] = black; bars[47][4] = black; bars[47][5] = black; bars[47][6] = black; bars[47][7] = black; bars[47][8] = black; bars[47][9] = black; bars[47][10] = black; bars[47][11] = black; bars[47][12] = black; bars[47][13] = black; bars[47][14] = black; bars[47][15] = black; bars[47][16] = black; bars[47][17] = black; bars[47][18] = black; bars[47][19] = black; bars[47][20] = black; bars[47][21] = black; bars[47][22] = black; bars[47][23] = black; bars[47][24] = black; bars[47][25] = black; bars[47][26] = black; bars[47][27] = black; bars[47][28] = black; bars[47][29] = black; bars[47][30] = black; bars[47][31] = black; 
        bars[48][0] = black; bars[48][1] = black; bars[48][2] = black; bars[48][3] = black; bars[48][4] = black; bars[48][5] = black; bars[48][6] = black; bars[48][7] = black; bars[48][8] = black; bars[48][9] = black; bars[48][10] = black; bars[48][11] = black; bars[48][12] = black; bars[48][13] = black; bars[48][14] = black; bars[48][15] = black; bars[48][16] = black; bars[48][17] = black; bars[48][18] = black; bars[48][19] = black; bars[48][20] = black; bars[48][21] = black; bars[48][22] = black; bars[48][23] = black; bars[48][24] = black; bars[48][25] = black; bars[48][26] = black; bars[48][27] = black; bars[48][28] = black; bars[48][29] = black; bars[48][30] = black; bars[48][31] = black; 
     
        bars[49][0] = red; bars[49][1] = red; bars[49][2] = red; bars[49][3] = red; bars[49][4] = red; bars[49][5] = red; bars[49][6] = red; bars[49][7] = red; bars[49][8] = red; bars[49][9] = red; bars[49][10] = red; bars[49][11] = red; bars[49][12] = red; bars[49][13] = red; bars[49][14] = red; bars[49][15] = red; bars[49][16] = red; bars[49][17] = red; bars[49][18] = red; bars[49][19] = red; bars[49][20] = red; bars[49][21] = red; bars[49][22] = red; bars[49][23] = red; bars[49][24] = red; bars[49][25] = red; bars[49][26] = red; bars[49][27] = red; bars[49][28] = red; bars[49][29] = red; bars[49][30] = red; bars[49][31] = red;
        bars[50][0] = red; bars[50][1] = red; bars[50][2] = red; bars[50][3] = red; bars[50][4] = red; bars[50][5] = red; bars[50][6] = red; bars[50][7] = red; bars[50][8] = red; bars[50][9] = red; bars[50][10] = red; bars[50][11] = red; bars[50][12] = red; bars[50][13] = red; bars[50][14] = red; bars[50][15] = red; bars[50][16] = red; bars[50][17] = red; bars[50][18] = red; bars[50][19] = red; bars[50][20] = red; bars[50][21] = red; bars[50][22] = red; bars[50][23] = red; bars[50][24] = red; bars[50][25] = red; bars[50][26] = red; bars[50][27] = red; bars[50][28] = red; bars[50][29] = red; bars[50][30] = red; bars[50][31] = red; 
        bars[51][0] = red; bars[51][1] = red; bars[51][2] = red; bars[51][3] = red; bars[51][4] = red; bars[51][5] = red; bars[51][6] = red; bars[51][7] = red; bars[51][8] = red; bars[51][9] = red; bars[51][10] = red; bars[51][11] = red; bars[51][12] = red; bars[51][13] = red; bars[51][14] = red; bars[51][15] = red; bars[51][16] = red; bars[51][17] = red; bars[51][18] = red; bars[51][19] = red; bars[51][20] = red; bars[51][21] = red; bars[51][22] = red; bars[51][23] = red; bars[51][24] = red; bars[51][25] = red; bars[51][26] = red; bars[51][27] = red; bars[51][28] = red; bars[51][29] = red; bars[51][30] = red; bars[51][31] = red;
        bars[52][0] = red; bars[52][1] = red; bars[52][2] = red; bars[52][3] = red; bars[52][4] = red; bars[52][5] = red; bars[52][6] = red; bars[52][7] = red; bars[52][8] = red; bars[52][9] = red; bars[52][10] = red; bars[52][11] = red; bars[52][12] = red; bars[52][13] = red; bars[52][14] = red; bars[52][15] = red; bars[52][16] = red; bars[52][17] = red; bars[52][18] = red; bars[52][19] = red; bars[52][20] = red; bars[52][21] = red; bars[52][22] = red; bars[52][23] = red; bars[52][24] = red; bars[52][25] = red; bars[52][26] = red; bars[52][27] = red; bars[52][28] = red; bars[52][29] = red; bars[52][30] = red; bars[52][31] = red; 
        bars[53][0] = red; bars[53][1] = red; bars[53][2] = red; bars[53][3] = red; bars[53][4] = red; bars[53][5] = red; bars[53][6] = red; bars[53][7] = red; bars[53][8] = red; bars[53][9] = red; bars[53][10] = red; bars[53][11] = red; bars[53][12] = red; bars[53][13] = red; bars[53][14] = red; bars[53][15] = red; bars[53][16] = red; bars[53][17] = red; bars[53][18] = red; bars[53][19] = red; bars[53][20] = red; bars[53][21] = red; bars[53][22] = red; bars[53][23] = red; bars[53][24] = red; bars[53][25] = red; bars[53][26] = red; bars[53][27] = red; bars[53][28] = red; bars[53][29] = red; bars[53][30] = red; bars[53][31] = red;                  
        bars[54][0] = black; bars[54][1] = black; bars[54][2] = black; bars[54][3] = black; bars[54][4] = black; bars[54][5] = black; bars[54][6] = black; bars[54][7] = black; bars[54][8] = black; bars[54][9] = black; bars[54][10] = black; bars[54][11] = black; bars[54][12] = black; bars[54][13] = black; bars[54][14] = black; bars[54][15] = black; bars[54][16] = black; bars[54][17] = black; bars[54][18] = black; bars[54][19] = black; bars[54][20] = black; bars[54][21] = black; bars[54][22] = black; bars[54][23] = black; bars[54][24] = black; bars[54][25] = black; bars[54][26] = black; bars[54][27] = black; bars[54][28] = black; bars[54][29] = black; bars[54][30] = black; bars[54][31] = black; 
        bars[55][0] = black; bars[55][1] = black; bars[55][2] = black; bars[55][3] = black; bars[55][4] = black; bars[55][5] = black; bars[55][6] = black; bars[55][7] = black; bars[55][8] = black; bars[55][9] = black; bars[55][10] = black; bars[55][11] = black; bars[55][12] = black; bars[55][13] = black; bars[55][14] = black; bars[55][15] = black; bars[55][16] = black; bars[55][17] = black; bars[55][18] = black; bars[55][19] = black; bars[55][20] = black; bars[55][21] = black; bars[55][22] = black; bars[55][23] = black; bars[55][24] = black; bars[55][25] = black; bars[55][26] = black; bars[55][27] = black; bars[55][28] = black; bars[55][29] = black; bars[55][30] = black; bars[55][31] = black; 
                                              
        bars[56][0] = red; bars[56][1] = red; bars[56][2] = red; bars[56][3] = red; bars[56][4] = red; bars[56][5] = red; bars[56][6] = red; bars[56][7] = red; bars[56][8] = red; bars[56][9] = red; bars[56][10] = red; bars[56][11] = red; bars[56][12] = red; bars[56][13] = red; bars[56][14] = red; bars[56][15] = red; bars[56][16] = red; bars[56][17] = red; bars[56][18] = red; bars[56][19] = red; bars[56][20] = red; bars[56][21] = red; bars[56][22] = red; bars[56][23] = red; bars[56][24] = red; bars[56][25] = red; bars[56][26] = red; bars[56][27] = red; bars[56][28] = red; bars[56][29] = red; bars[56][30] = red; bars[56][31] = red;
        bars[57][0] = red; bars[57][1] = red; bars[57][2] = red; bars[57][3] = red; bars[57][4] = red; bars[57][5] = red; bars[57][6] = red; bars[57][7] = red; bars[57][8] = red; bars[57][9] = red; bars[57][10] = red; bars[57][11] = red; bars[57][12] = red; bars[57][13] = red; bars[57][14] = red; bars[57][15] = red; bars[57][16] = red; bars[57][17] = red; bars[57][18] = red; bars[57][19] = red; bars[57][20] = red; bars[57][21] = red; bars[57][22] = red; bars[57][23] = red; bars[57][24] = red; bars[57][25] = red; bars[57][26] = red; bars[57][27] = red; bars[57][28] = red; bars[57][29] = red; bars[57][30] = red; bars[57][31] = red; 
        bars[58][0] = red; bars[58][1] = red; bars[58][2] = red; bars[58][3] = red; bars[58][4] = red; bars[58][5] = red; bars[58][6] = red; bars[58][7] = red; bars[58][8] = red; bars[58][9] = red; bars[58][10] = red; bars[58][11] = red; bars[58][12] = red; bars[58][13] = red; bars[58][14] = red; bars[58][15] = red; bars[58][16] = red; bars[58][17] = red; bars[58][18] = red; bars[58][19] = red; bars[58][20] = red; bars[58][21] = red; bars[58][22] = red; bars[58][23] = red; bars[58][24] = red; bars[58][25] = red; bars[58][26] = red; bars[58][27] = red; bars[58][28] = red; bars[58][29] = red; bars[58][30] = red; bars[58][31] = red;
        bars[59][0] = red; bars[59][1] = red; bars[59][2] = red; bars[59][3] = red; bars[59][4] = red; bars[59][5] = red; bars[59][6] = red; bars[59][7] = red; bars[59][8] = red; bars[59][9] = red; bars[59][10] = red; bars[59][11] = red; bars[59][12] = red; bars[59][13] = red; bars[59][14] = red; bars[59][15] = red; bars[59][16] = red; bars[59][17] = red; bars[59][18] = red; bars[59][19] = red; bars[59][20] = red; bars[59][21] = red; bars[59][22] = red; bars[59][23] = red; bars[59][24] = red; bars[59][25] = red; bars[59][26] = red; bars[59][27] = red; bars[59][28] = red; bars[59][29] = red; bars[59][30] = red; bars[59][31] = red; 
        bars[60][0] = red; bars[60][1] = red; bars[60][2] = red; bars[60][3] = red; bars[60][4] = red; bars[60][5] = red; bars[60][6] = red; bars[60][7] = red; bars[60][8] = red; bars[60][9] = red; bars[60][10] = red; bars[60][11] = red; bars[60][12] = red; bars[60][13] = red; bars[60][14] = red; bars[60][15] = red; bars[60][16] = red; bars[60][17] = red; bars[60][18] = red; bars[60][19] = red; bars[60][20] = red; bars[60][21] = red; bars[60][22] = red; bars[60][23] = red; bars[60][24] = red; bars[60][25] = red; bars[60][26] = red; bars[60][27] = red; bars[60][28] = red; bars[60][29] = red; bars[60][30] = red; bars[60][31] = red;                  
        bars[61][0] = black; bars[61][1] = black; bars[61][2] = black; bars[61][3] = black; bars[61][4] = black; bars[61][5] = black; bars[61][6] = black; bars[61][7] = black; bars[61][8] = black; bars[61][9] = black; bars[61][10] = black; bars[61][11] = black; bars[61][12] = black; bars[61][13] = black; bars[61][14] = black; bars[61][15] = black; bars[61][16] = black; bars[61][17] = black; bars[61][18] = black; bars[61][19] = black; bars[61][20] = black; bars[61][21] = black; bars[61][22] = black; bars[61][23] = black; bars[61][24] = black; bars[61][25] = black; bars[61][26] = black; bars[61][27] = black; bars[61][28] = black; bars[61][29] = black; bars[61][30] = black; bars[61][31] = black; 
        bars[62][0] = black; bars[62][1] = black; bars[62][2] = black; bars[62][3] = black; bars[62][4] = black; bars[62][5] = black; bars[62][6] = black; bars[62][7] = black; bars[62][8] = black; bars[62][9] = black; bars[62][10] = black; bars[62][11] = black; bars[62][12] = black; bars[62][13] = black; bars[62][14] = black; bars[62][15] = black; bars[62][16] = black; bars[62][17] = black; bars[62][18] = black; bars[62][19] = black; bars[62][20] = black; bars[62][21] = black; bars[62][22] = black; bars[62][23] = black; bars[62][24] = black; bars[62][25] = black; bars[62][26] = black; bars[62][27] = black; bars[62][28] = black; bars[62][29] = black; bars[62][30] = black; bars[62][31] = black; 
                             
                        
    end
    
    assign image_data = bars[row][column];
    
endmodule